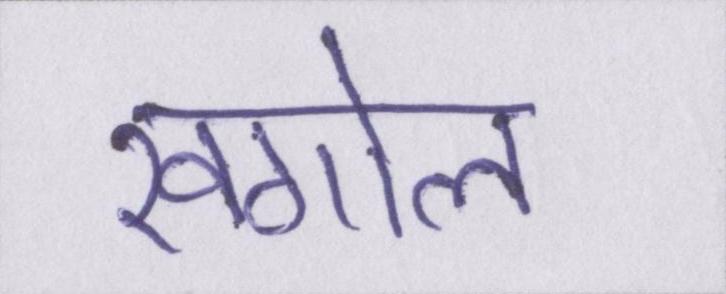
खगोल